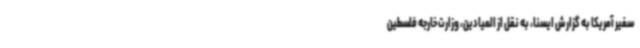
سفیر آمریکا به گزارش ایسنا، به نقل از المیادین، وزارت خارجه فلسطین